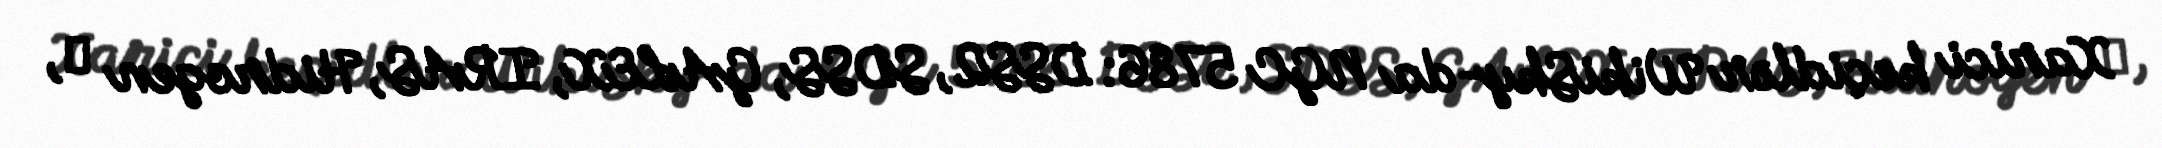
Xarici keçidlər WikiSky-da NGC 5786: DSS2, SDSS, GALEX, IRAS, Hidrogen α,